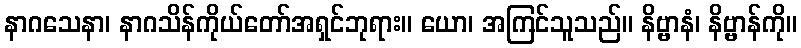
နာဂသေနာ၊ နာဂသိန်ကိုယ်တော်အရှင်ဘုရား။ ယော၊ အကြင်သူသည်။ နိဗ္ဗာနံ၊ နိဗ္ဗာန်ကို။